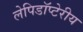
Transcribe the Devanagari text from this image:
लेपिडॉप्टेरीय